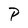
Character: P